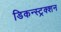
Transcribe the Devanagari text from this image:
डिकन्स्ट्रक्शन